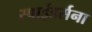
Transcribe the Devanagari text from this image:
स्पाईडर्सना